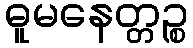
ဓူမနေတ္တဉ္စ